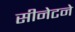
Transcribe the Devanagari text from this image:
सीनेटने